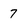
Character: 7